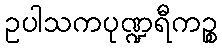
ဥပါသကပုဏ္ဍရီကဉ္စ